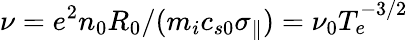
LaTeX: \nu=e^{2}n_{0}R_{0}/(m_{i}c_{s0}\sigma_{\parallel})=\nu_{0}T_{e}^{-3/2}